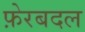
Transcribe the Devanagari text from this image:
फ़ेरबदल